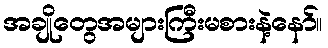
အချိုတွေအများကြီးမစားနဲ့နော်။